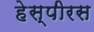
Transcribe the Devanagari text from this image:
हेस्पीरस